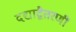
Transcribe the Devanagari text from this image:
दद्याद्वैतरणीं